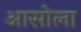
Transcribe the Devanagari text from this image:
आसोला